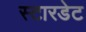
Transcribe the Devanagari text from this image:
स्टारडेट